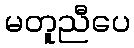
မတူညီပေ